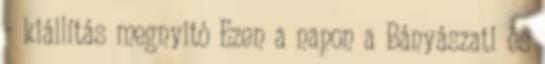
- kiállítás megnyitó Ezen a napon a Bányászati és